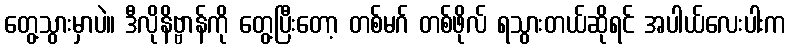
တွေ့သွားမှာပဲ။ ဒီလိုနိဗ္ဗာန်ကို တွေ့ပြီးတော့ တစ်မဂ် တစ်ဖိုလ် ရသွားတယ်ဆိုရင် အပါယ်လေးပါးက